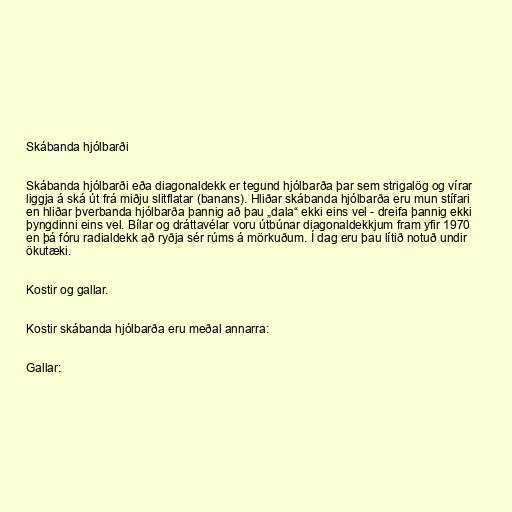
Skábanda hjólbarði

Skábanda hjólbarði eða diagonaldekk er tegund hjólbarða þar sem strigalög og vírar
liggja á ská út frá miðju slitflatar (banans). Hliðar skábanda hjólbarða eru mun stífari
en hliðar þverbanda hjólbarða þannig að þau „dala“ ekki eins vel - dreifa þannig ekki
þyngdinni eins vel. Bílar og dráttavélar voru útbúnar diagonaldekkjum fram yfir 1970
en þá fóru radialdekk að ryðja sér rúms á mörkuðum. Í dag eru þau lítið notuð undir
ökutæki.

Kostir og gallar.

Kostir skábanda hjólbarða eru meðal annarra:

Gallar: